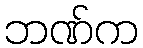
ဘဏ်က